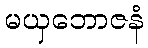
မယှဘောဇနံ